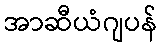
အာဆီယံဂျပန်